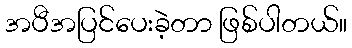
အပီအပြင်ပေးခဲ့တာ ဖြစ်ပါတယ်။